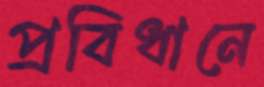
প্রবিধানে